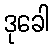
ဒုခေါ